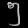
Digit: ၅